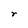
Character: r